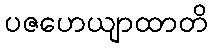
ပဇဟေယျာထာတိ